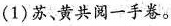
(1)苏、黄共阅一手卷。